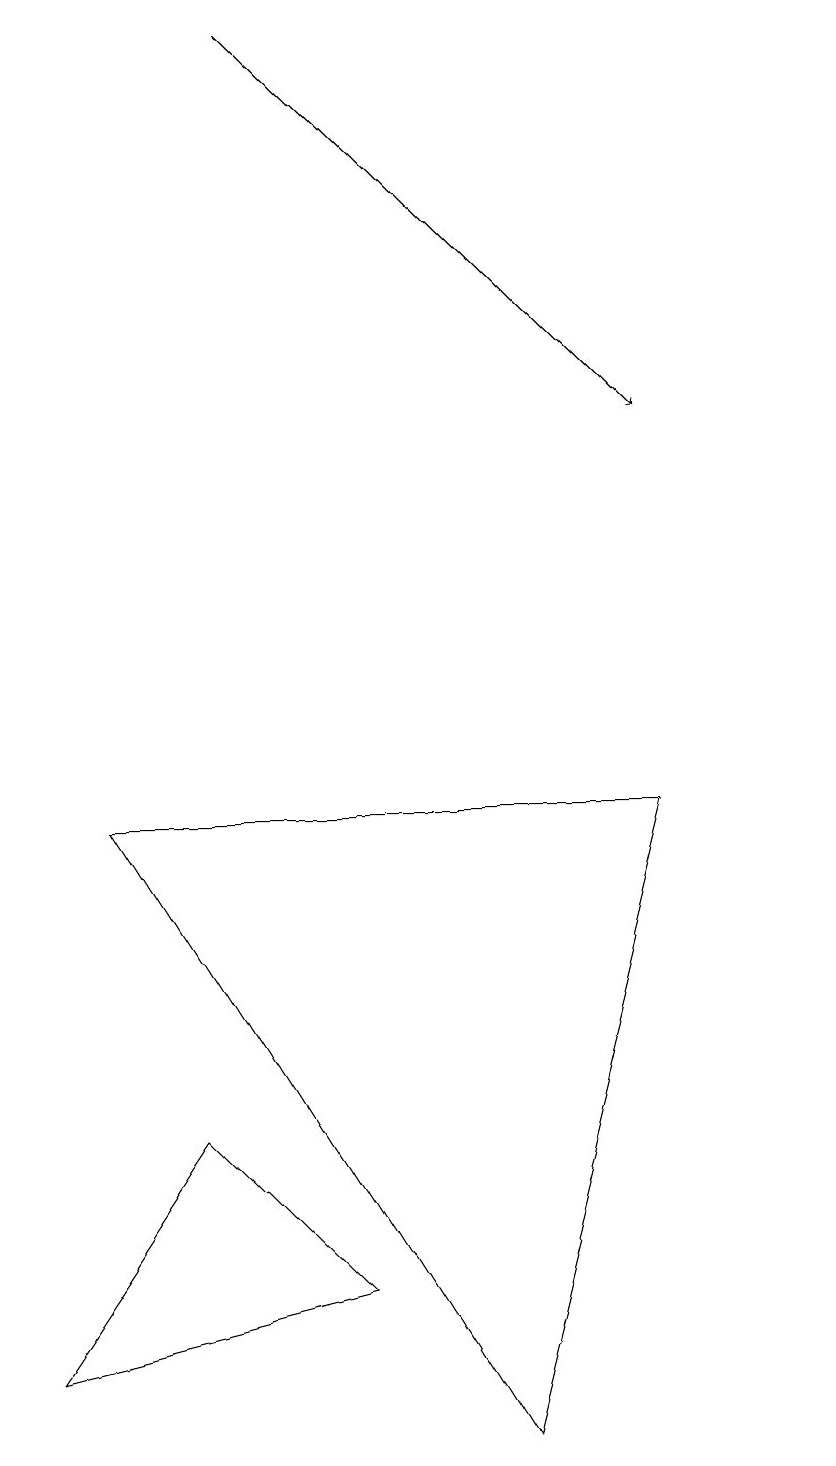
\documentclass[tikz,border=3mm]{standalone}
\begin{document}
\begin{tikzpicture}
\draw[->] (3,19) -- (8,14);
\draw (10,11) circle (0);
\draw (2,5) -- (4,3) -- (0,2) -- cycle;
\draw (6,1) -- (1,9) -- (8,9) -- cycle;
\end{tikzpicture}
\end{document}